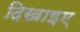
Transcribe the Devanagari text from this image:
दिखाइए